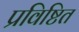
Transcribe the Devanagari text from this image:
प्रविष्टित